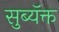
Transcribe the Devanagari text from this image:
सुब्यॅक्त